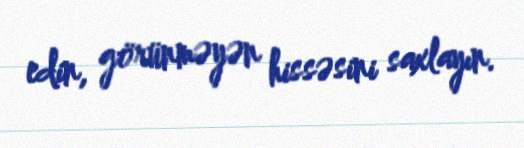
edin, görünməyən hissəsini saxlayın.